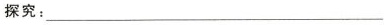
探究：___